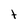
Character: t